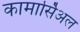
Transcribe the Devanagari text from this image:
कामार्सिअल